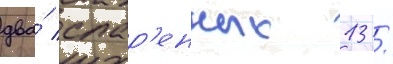
два́ спар'енных 13 /